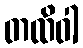
တထိဝါ